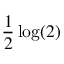
\frac { 1 } { 2 } \log ( 2 )